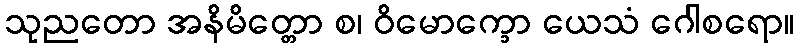
သုညတော အနိမိတ္တော စ၊ ဝိမောက္ခော ယေသံ ဂေါစရော။